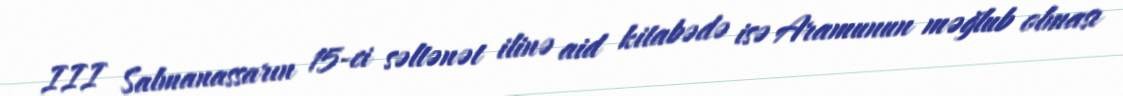
III Salmanassarın 15-ci səltənət ilinə aid kitabədə isə Aramunun məğlub olması